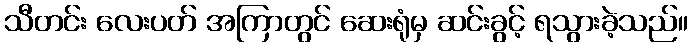
သီတင်း လေးပတ် အကြာတွင် ဆေးရုံမှ ဆင်းခွင့် ရသွားခဲ့သည်။